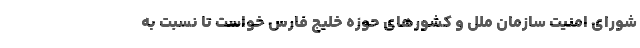
شورای امنیت سازمان ملل و کشورهای حوزه خلیج فارس خواست تا نسبت به